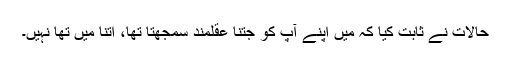
حالات نے ثابت کیا کہ میں اپنے آپ کو جتنا عقلمند سمجھتا تھا، اتنا میں تھا نہیں۔